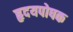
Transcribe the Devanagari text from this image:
हृदयपोषक